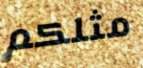
مثلكم